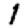
Digit: 1